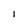
Character: 1